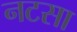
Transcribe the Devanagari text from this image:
नटसा